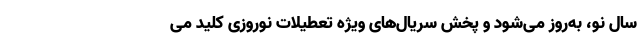
سال نو، به‌روز می‌شود و پخش سریال‌های ویژه تعطیلات نوروزی کلید می